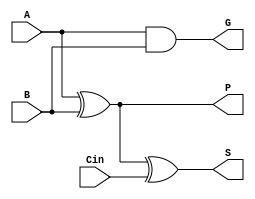
module cla_1_bit(
			A,
			B,
            Cin,
			S,
            P,
            G);

    input A, B, Cin;
    output S, P, G;

    assign P = A ^ B;
    assign G = A & B;
    assign S = A ^ B ^ Cin;

endmodule